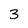
Character: 3